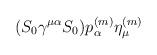
LaTeX: \begin{align*}(S_0 \gamma^{\mu\alpha} S_0)p^{(m)}_\alpha \eta^{(m)}_\mu\end{align*}